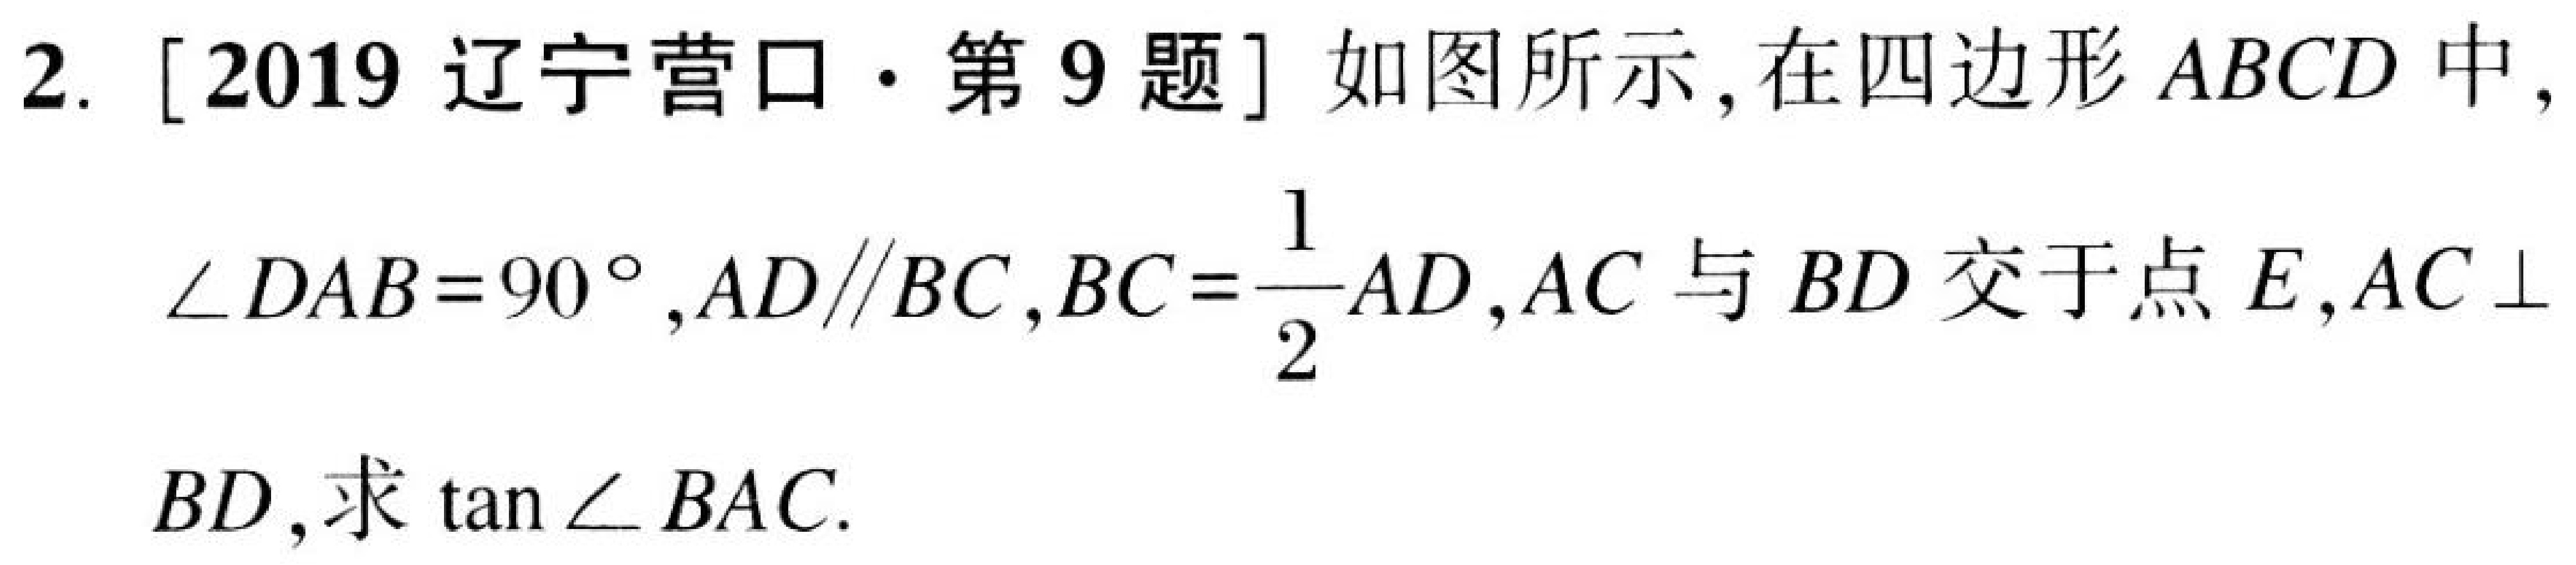
2. [2019辽宁营口·第9题] 如图所示,在四边形\(ABCD\)中,
\(\angle DAB = 90^{\circ},AD\parallel BC,BC=\dfrac{1}{2}AD,AC\)与\(BD\)交于点\(E,AC\perp\)
\(BD\),求\(\tan\angle BAC\).